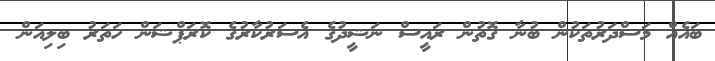
ބައެއް މަސްދަރުތަކުން ބުނާ ގޮތުން ރައީސް ނަޝީދުގެ އެސަރުކާރުގެ ކޮރަޕްޝަން ހަތަރު ބިލިއަން